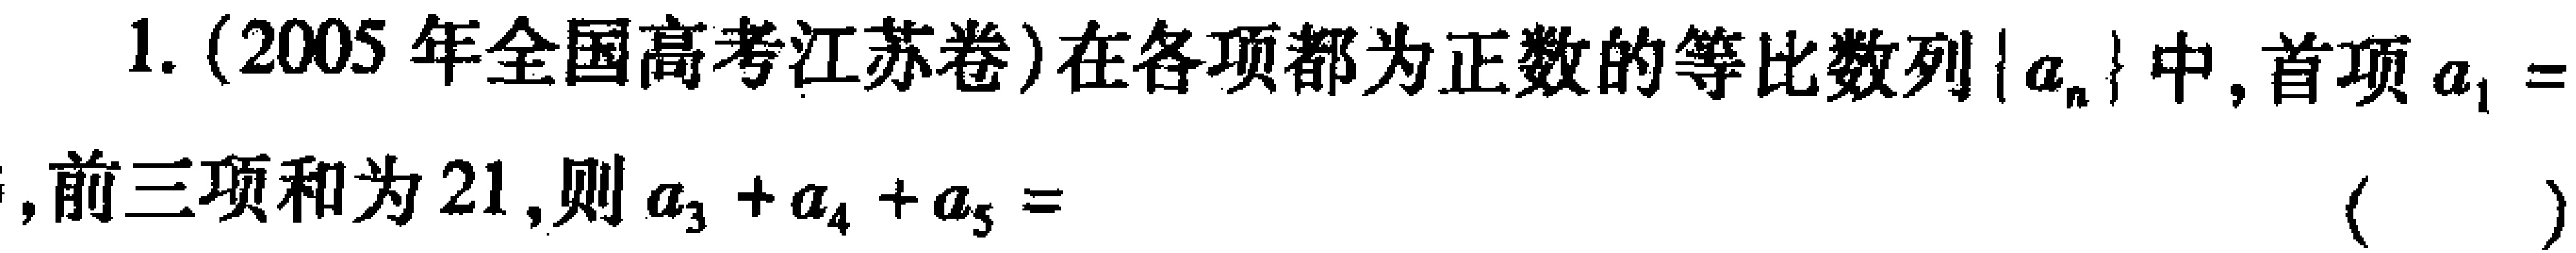
1. (2005 年全国高考江苏卷)在各项都为正数的等比数列\(\{ a_{n}\}\)中,首项\(a_{1}=\),前三项和为\(21\),则\(a_{3}+a_{4}+a_{5}=\)( )